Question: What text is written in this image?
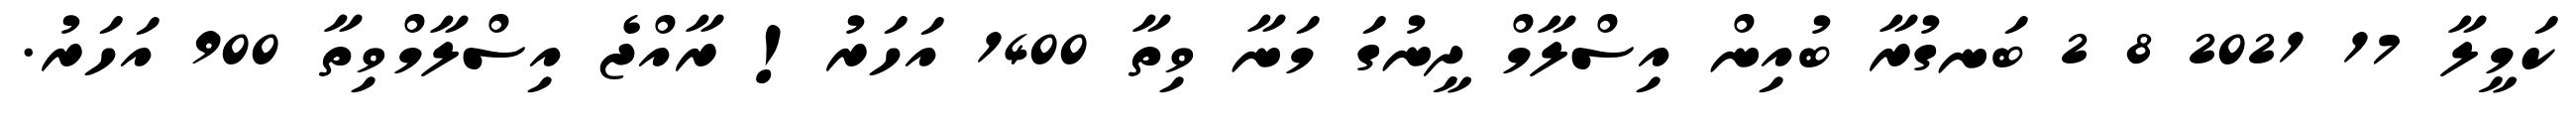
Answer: ކަމީލާ 17 2021 8 2 ބަނގުރާ ބުއިން އިސްލާމް ދީނުގަ މަނާ ވިތާ 1400 އަހަރު! ރާއްޖެ އިސްލާމްވިތާ 900 އަހަރު.